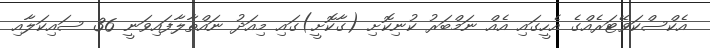
އެކްސްކަވޭޓަރެއްގެ އެހީގައި އެއް ނަމްބަރު ކުނިކޮށި (ގާކޮށީ)ގައި މިއަދު ނައްތާލާފައިވަނީ 36 ސައިކަލާއި